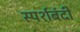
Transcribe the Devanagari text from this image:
स्पर्शबंदी